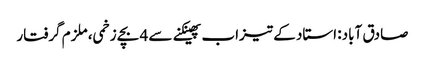
صادق آباد: استاد کے تیزاب پھینکنے سے 4 بچے زخمی، ملزم گرفتار